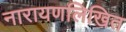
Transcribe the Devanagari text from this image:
नारायणलिखित